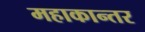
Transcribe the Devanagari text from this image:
महाकान्तर